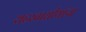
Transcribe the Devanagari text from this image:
शहरवासीयांना